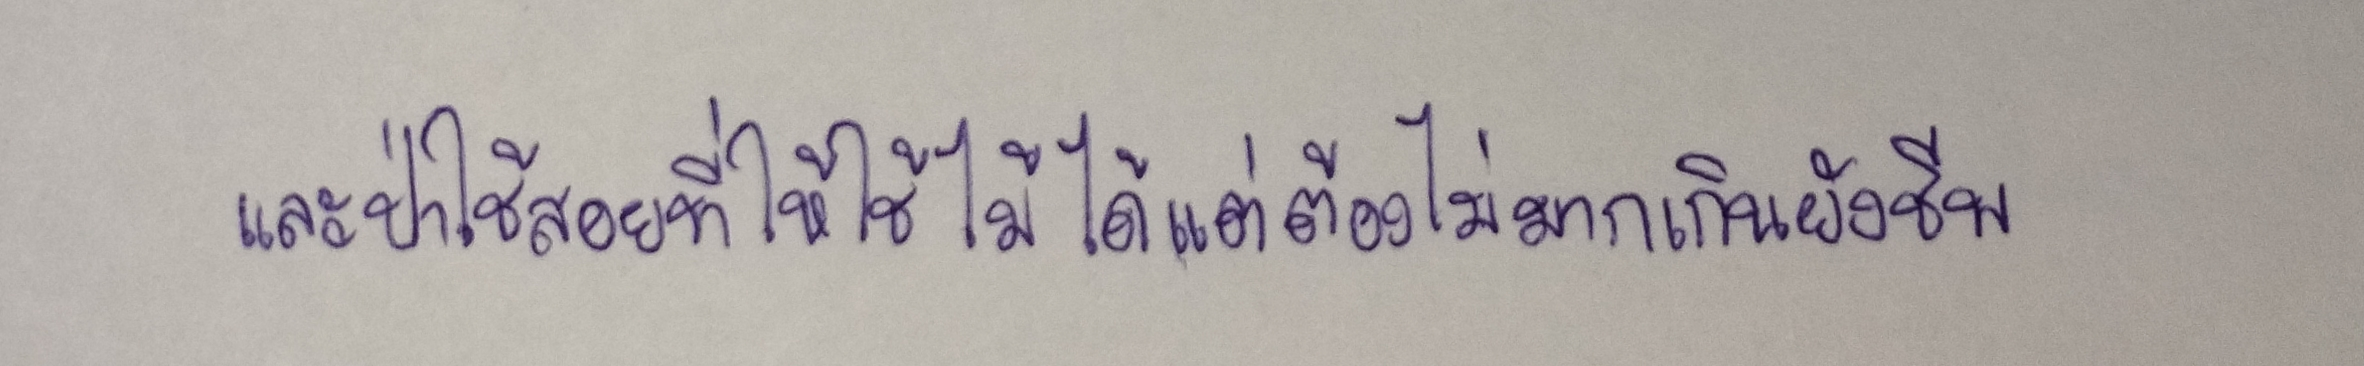
และป่าใช้สอยที่ให้ใช้ไม้ได้แต่ต้องไม่มากเกินยังชีพ